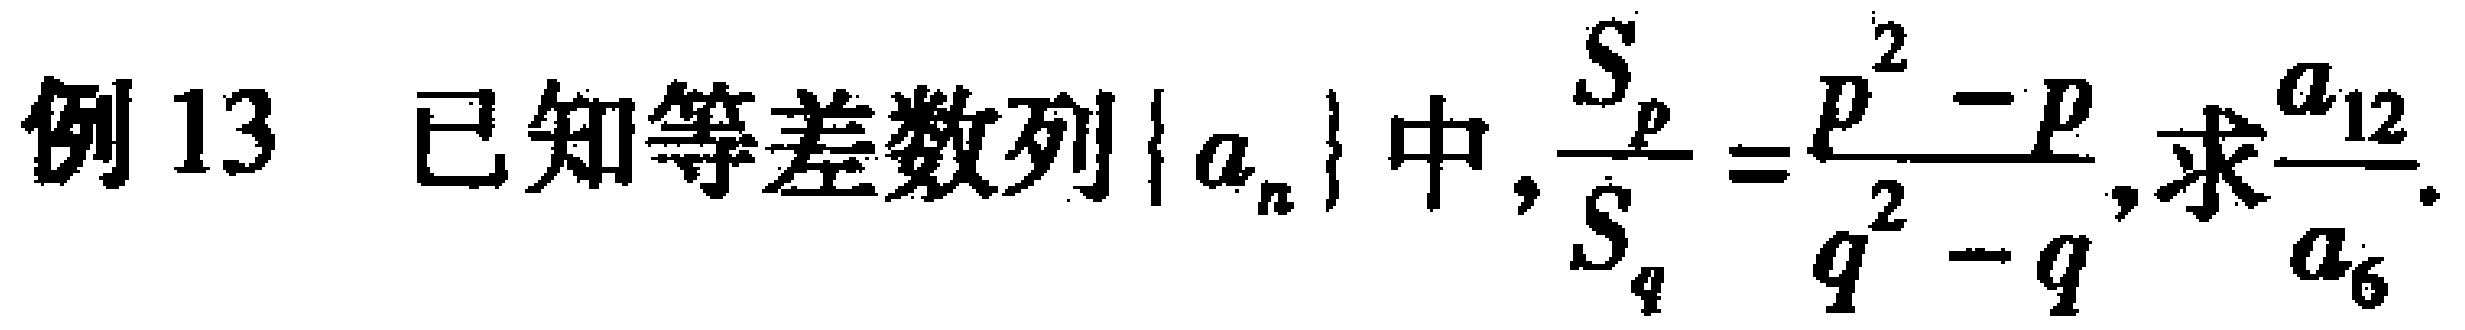
例13 已知等差数列\(\{a_{n}\}\)中, \(\frac{S_{p}}{S_{q}} = \frac{p^{2} - p}{q^{2} - q}\), 求\(\frac{a_{12}}{a_{6}}\).